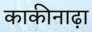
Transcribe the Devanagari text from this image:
काकीनाढ़ा